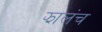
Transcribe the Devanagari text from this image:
झालंच